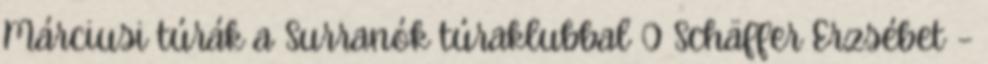
Márciusi túrák a Surranók túraklubbal 0 Schäffer Erzsébet –